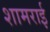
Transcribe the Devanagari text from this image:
शामराई